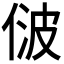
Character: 𬾢